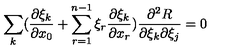
\sum _ { k } ( \frac { \partial \xi _ { k } } { \partial x _ { 0 } } + \sum _ { r = 1 } ^ { n - 1 } \xi _ { r } \frac { \partial \xi _ { k } } { \partial x _ { r } } ) \frac { \partial ^ { 2 } R } { \partial \xi _ { k } \partial \xi _ { j } } = 0